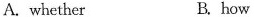
A. whether B. how